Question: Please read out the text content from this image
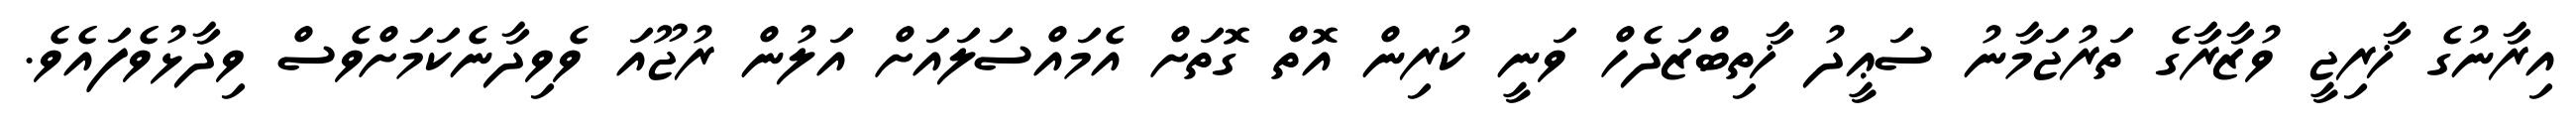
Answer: އިރާނުގެ ޚާރިޖީ ވުޒާރާގެ ތަރުޖަމާނު ސަޢީދު ޚާތިބްޒަދެހް ވަނީ ކުރިން އޮތް ގޮތަށް އެމައްސަލައަށް އަލުން ރުޖޫއަ ވެވިދާނެކަމަށްވެސް ވިދާޅުވެފައެވެ.